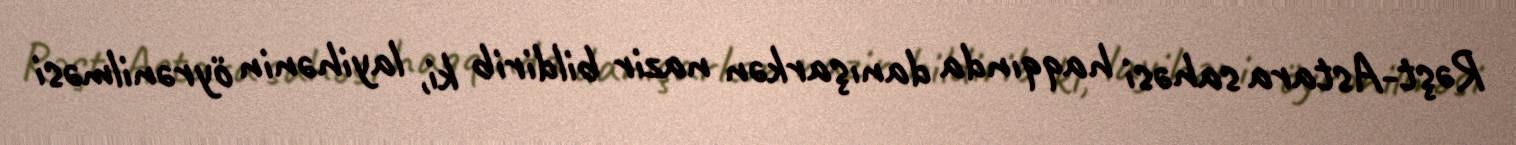
Rəşt-Astara sahəsi haqqında danışarkən nazir bildirib ki, layihənin öyrənilməsi